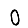
Digit: 0